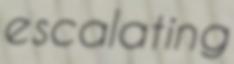
escalating